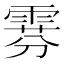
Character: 𫕧